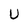
Character: U